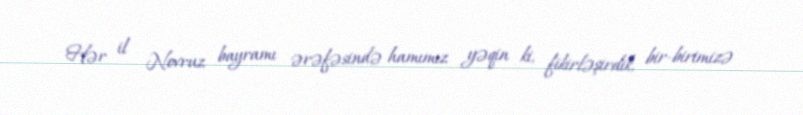
Hər il Novruz bayramı ərəfəsində hamımız yəqin ki, fikirləşirdik, bir-birimizə